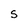
Character: S